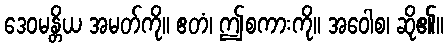
ဒေဝမန္တိယ အမတ်ကို။ ဧတံ၊ ဤစကားကို။ အဝေါစ၊ ဆို၏။